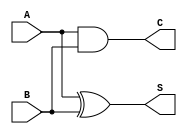
module threshold_half_adder (
    input wire A,       // First single-bit input
    input wire B,       // Second single-bit input
    output wire S,      // Sum output
    output wire C       // Carry output
);

// Calculate Sum (S) using XOR
assign S = A ^ B;

// Calculate Carry (C) using AND
assign C = A & B;

endmodule